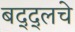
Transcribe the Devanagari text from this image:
बद्द्लचे